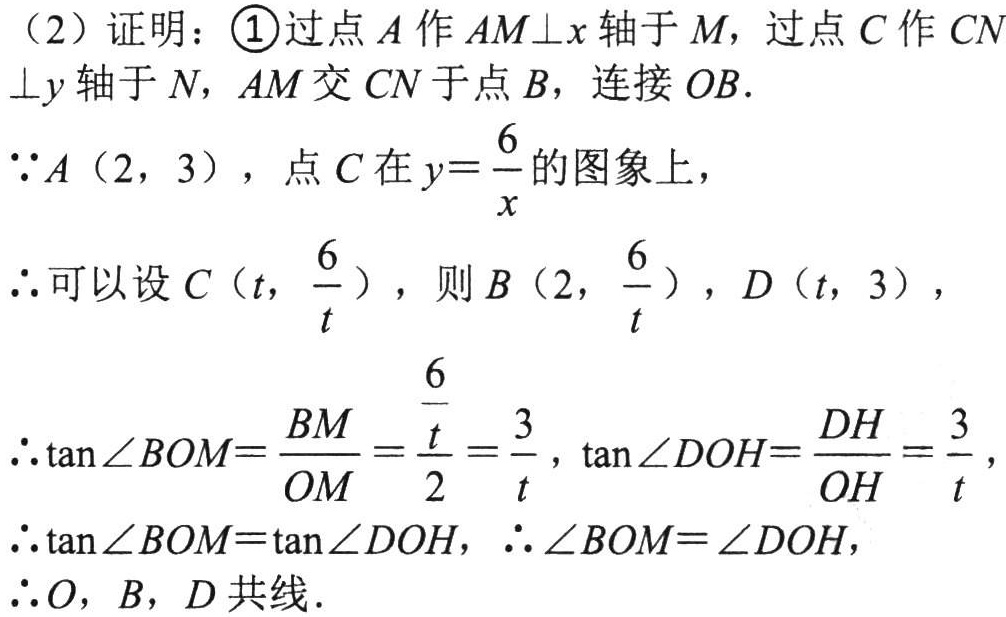
（2）证明：\textcircled{1}过点\(A\)作\(AM\perp x\)轴于\(M\)，过点\(C\)作\(CN\perp y\)轴于\(N\)，\(AM\)交\(CN\)于点\(B\)，连接\(OB\).
\(\because A(2,3)\)，点\(C\)在\(y = \dfrac{6}{x}\)的图象上，
\(\therefore\)可以设\(C\left(t,\dfrac{6}{t}\right)\)，则\(B\left(2,\dfrac{6}{t}\right)\)，\(D(t,3)\)，
\(\therefore\tan\angle BOM=\dfrac{BM}{OM}=\dfrac{\dfrac{6}{t}}{2}=\dfrac{3}{t}\)，\(\tan\angle DOH=\dfrac{DH}{OH}=\dfrac{3}{t}\)，
\(\therefore\tan\angle BOM = \tan\angle DOH\)，\(\therefore\angle BOM=\angle DOH\)，
\(\therefore O\)，\(B\)，\(D\)共线.